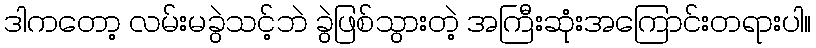
ဒါကတော့ လမ်းမခွဲသင့်ဘဲ ခွဲဖြစ်သွားတဲ့ အကြီးဆုံးအကြောင်းတရားပါ။